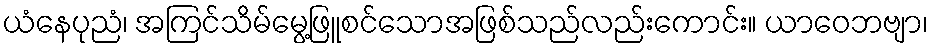
ယံနေပုညံ၊ အကြင်သိမ်မွေ့ဖြူစင်သောအဖြစ်သည်လည်းကောင်း။ ယာဝေဘဗျာ၊